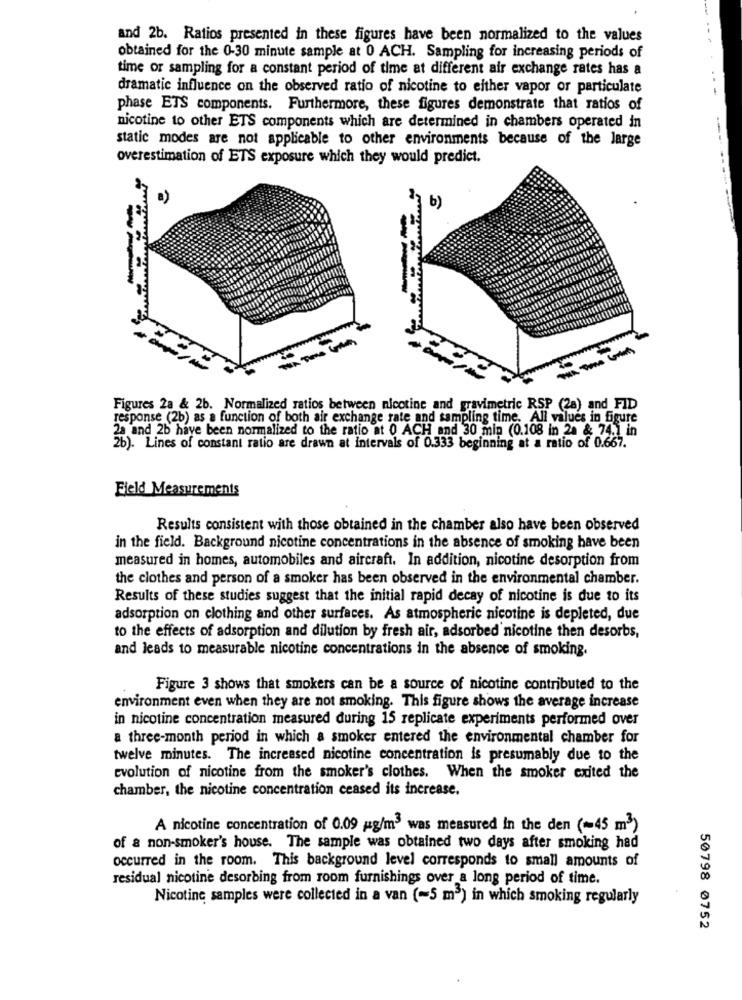
and 2b. Ratios presented in these figures have been normalized to the values
obtained for the 0-30 minute sample at 0 ACH. Sampling for increasing periods of
time or sampling for a constant period of time at different air exchange rates has a
dramatic influence on the observed ratio of nicotine to either vapor or particulate
phase ETS components. Furthermore, these figures demonstrate that ratios of
nicotine to other ETS components which are determined in chambers operated in
static modes are not applicable to other environments because of the large
overestimation of ETS exposure which they would predict.
b)
Figures 2a & 2b. Normalized ratios between nicotine and gravimetric RSP (28) and FID
response (2b) as a function of both air exchange rate and sampling time. All values in figure
2a and 2b have been normalized to the ratio at 0 ACH and 30 min (0.108 in 2a & 74.1 in
2b). Lines of constant ratio are drawn at intervals of 0.333 beginning at a ratio of 0.667.
Field Measurements
Results consistent with those obtained in the chamber also have been observed
in the field. Background nicotine concentrations in the absence of smoking have been
measured in homes, automobiles and aircraft. In addition, nicotine desorption from
the clothes and person of a smoker has been observed in the environmental chamber.
Results of these studies suggest that the initial rapid decay of nicotine is due to its
adsorption on clothing and other surfaces. As atmospheric nicotine is depleted, due
to the effects of adsorption and dilution by fresh air, adsorbed nicotine then desorbs,
and leads to measurable nicotine concentrations in the absence of smoking.
Figure 3 shows that smokers can be a source of nicotine contributed to the
environment even when they are not smoking. This figure shows the average increase
in nicotine concentration measured during 15 replicate experiments performed over
a three-month period in which a smoker entered the environmental chamber for
twelve minutes. The increased nicotine concentration is presumably due to the
evolution of nicotine from the smoker's clothes. When the smoker exited the
chamber, the nicotine concentration ceased its increase.
A nicotine concentration of 0.09 g/m3 was measured In the den (-45 m3)
of a non-smoker's house. The sample was obtained two days after smoking had
occurred in the room. This background level corresponds to small amounts of
residual nicotine desorbing from room furnishings over a long period of time.
Nicotine samples were collected in a van (-5 m3) in which smoking regularly
50798 0752